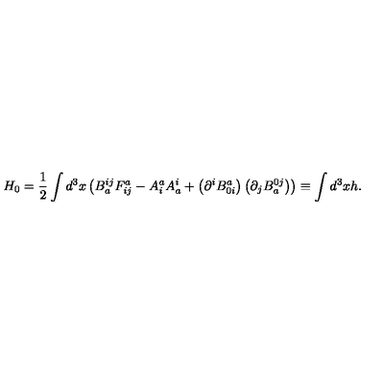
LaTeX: H _ { 0 } = \frac { 1 } { 2 } \int d ^ { 3 } x \left( B _ { a } ^ { i j } F _ { i j } ^ { a } - A _ { i } ^ { a } A _ { a } ^ { i } + \left( \partial ^ { i } B _ { 0 i } ^ { a } \right) \left( \partial _ { j } B _ { a } ^ { 0 j } \right) \right) \equiv \int d ^ { 3 } x h .